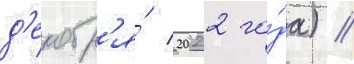
д'екабр'я́ 2022 го́да) //